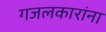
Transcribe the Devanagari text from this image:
गजलकारांना